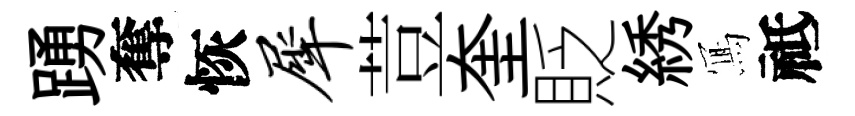
踴奪恢犀荳奎貶綉𭂁祗